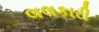
લલકારી